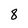
Character: 8